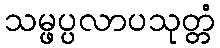
သမ္ဖပ္ပလာပသုတ္တံ